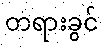
တရားခွင်